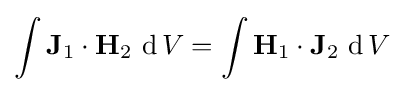
\int \mathbf {J} _{1}\cdot \mathbf {H} _{2}\,\operatorname {d} V=\int \mathbf {H} _{1}\cdot \mathbf {J} _{2}\,\operatorname {d} V\